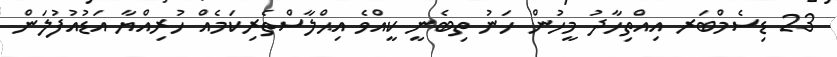
23 ޑިސެމްބަރ އިއްތިހާދު މީހުން ހަނު ތިބެނީ ކީއްވެ އިޙްލާސްތެރިކަމެއް ހުރިއްޔާ އަޑުއުފުލަން